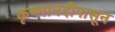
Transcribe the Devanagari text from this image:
कृष्णानदीपासून